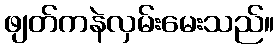
ဖျတ်ကနဲလှမ်းမေးသည်။